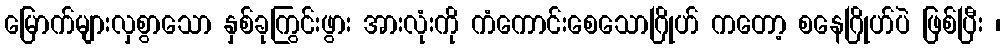
မြောက်များလှစွာသော နှစ်ခုကြွင်းဖွား အားလုံးကို ကံကောင်းစေသောဂြိုဟ် ကတော့ စနေဂြိုဟ်ပဲ ဖြစ်ပြီး ၊